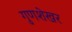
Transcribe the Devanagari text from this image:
गुणशेखर